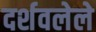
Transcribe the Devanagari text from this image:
दर्शवलेले